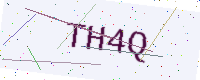
Text: TH4Q